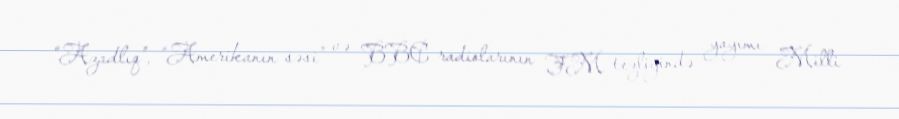
“Azadlıq”, “Amerikanın səsi” və BBC radiolarının FM tezliyində yayımı Milli